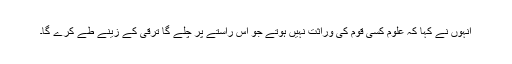
انہوں نے کہا کہ علوم کسی قوم کی وراثت نہیں ہوتے جو اس راستے پر چلے گا ترقی کے زینے طے کرے گا۔